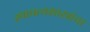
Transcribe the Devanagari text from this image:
स्थापत्यशास्त्रांचा